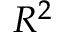
R ^ { 2 }